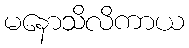
မနောသိလိကာယ